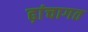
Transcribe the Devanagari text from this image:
ढ़ांचागत